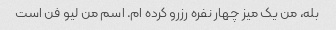
بله، من یک میز چهار نفره رزرو کرده ام. اسم من لیو فن است